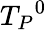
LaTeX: {T_{P}}^{0}